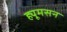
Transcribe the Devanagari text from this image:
ह्यूमसन